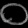
Digit: ၀